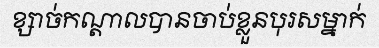
ខ្សាច់កណ្តាលបានចាប់ខ្លួនបុរសម្នាក់